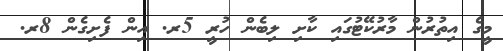
މީގެ އިތުރުން މާރުކޭޓުގައި ކާށި ލިބެން ހުރީ 5ރ. އިން ފެށިގެން 8ރ.